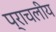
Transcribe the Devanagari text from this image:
प्राचलीय